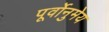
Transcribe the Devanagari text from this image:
पूर्वोनुमेय